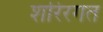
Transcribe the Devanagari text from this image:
शरिरगत